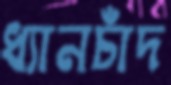
ধ্যানচাঁদ